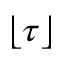
\lfloor \tau \rfloor